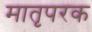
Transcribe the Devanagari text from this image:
मातृपरक